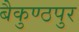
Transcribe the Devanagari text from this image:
बैकुण्ठपुर